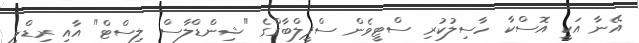
އޭނާ އަކީ އޮސްކާ ހާސިލުކުރި ސްޓީވެން ސްޕީލްބާގްގެ "ޝިންޑްލާސް ލިސްޓް" އާއި ރިޑްލީ